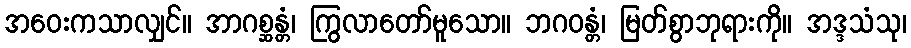
အဝေးကသာလျှင်။ အာဂစ္ဆန္တံ၊ ကြွလာတော်မူသော။ ဘဂဝန္တံ၊ မြတ်စွာဘုရားကို။ အဒ္ဒသံသု၊